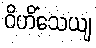
ဝိဟိံသေယျ